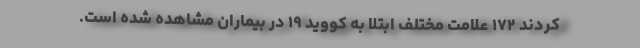
کردند ۱۷۲ علامت مختلف ابتلا به کووید ۱۹ در بیماران مشاهده شده است.